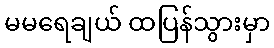
မမရေချယ် ထပြန်သွားမှာ